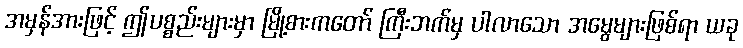
အမှန်အားဖြင့် ဤပစ္စည်းများမှာ မြို့စားကတော် ကြီးဘက်မှ ပါလာသော အမွေများဖြစ်ရာ ယခု